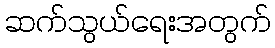
ဆက်သွယ်ရေးအတွက်